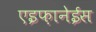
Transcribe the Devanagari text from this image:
एइफ़ानेईस